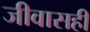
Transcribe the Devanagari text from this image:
जीवासही